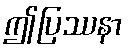
ဤပြဿနာ